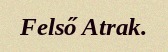
Felső Atrak.